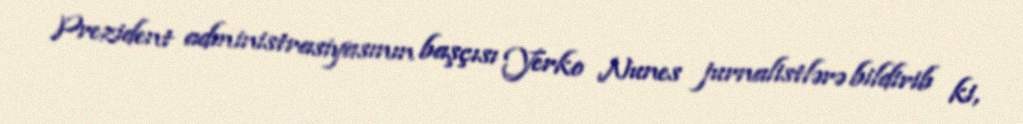
Prezident administrasiyasının başçısı Yerko Nunes jurnalistlərə bildirib ki,